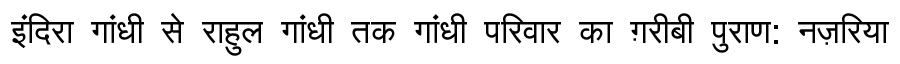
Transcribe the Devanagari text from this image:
इंदिरा गांधी से राहुल गांधी तक गांधी परिवार का ग़रीबी पुराण: नज़रिया